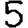
Digit: 5